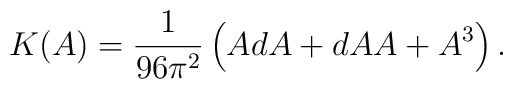
K(A)=\frac{1}{96\pi^2}\left( AdA+ dAA+A^3\right).